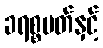
ခရစ္စမတ်နှင့်